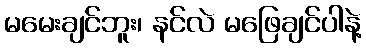
မမေးချင်ဘူး၊ နင်လဲ မဖြေချင်ပါနဲ့